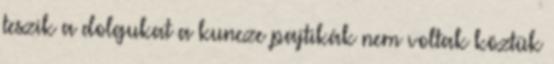
teszik a dolgukat a kuncze pajtikák nem voltak köztük